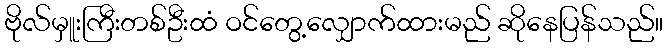
ဗိုလ်မှူးကြီးတစ်ဦးထံ ဝင်တွေ့လျှောက်ထားမည် ဆိုနေပြန်သည်။